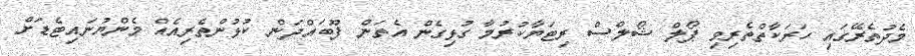
މެދުތެރޭގައި ހަރަކާތްތެރިވި ޕޯލް ޝޯލްސް ރިޓަޔާކުރުމާ ގުޅިގެން އެތަން ފޫބައްދަން ކުޅުންތެރިއެއް މެންޔުނައިޓެޑަށް